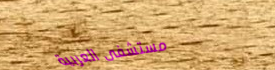
مستشفى العربية